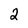
Character: 2